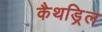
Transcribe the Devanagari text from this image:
कैथड्रिल